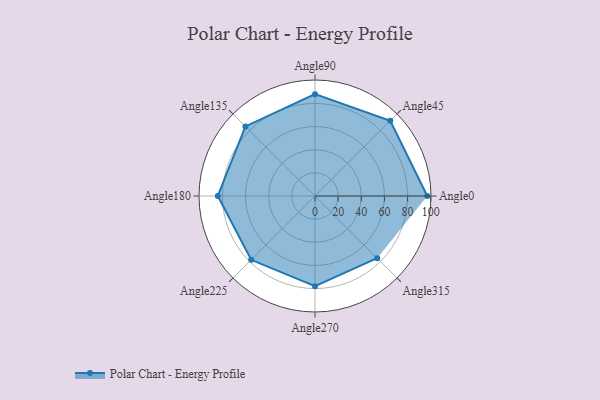
{"axis": {"x": "Angle", "y": "Radius"}, "legend": [""], "data": [{"x": "Angle0", "y": 97.0, "type": ""}, {"x": "Angle45", "y": 92.0, "type": ""}, {"x": "Angle90", "y": 88.0, "type": ""}, {"x": "Angle135", "y": 85.0, "type": ""}, {"x": "Angle180", "y": 84.0, "type": ""}, {"x": "Angle225", "y": 78.0, "type": ""}, {"x": "Angle270", "y": 78.0, "type": ""}, {"x": "Angle315", "y": 76.0, "type": ""}]}